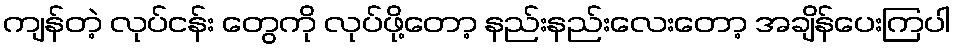
ကျန်တဲ့ လုပ်ငန်း တွေကို လုပ်ဖို့တော့ နည်းနည်းလေးတော့ အချိန်ပေးကြပါ